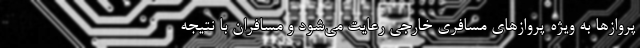
پروازها به ویژه پروازهای مسافری خارجی رعایت می‌شود و مسافران با نتیجه